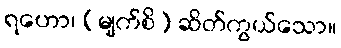
ရဟော၊ (မျက်စိ) ဆိတ်ကွယ်သော။